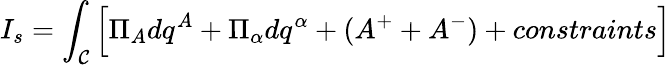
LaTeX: I_{s}=\int_{\mathcal{C}}\left[\Pi_{A}dq^{A}+\Pi_{\alpha}dq^{\alpha}+(A^{+}+A^{-})+constraints\right]